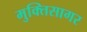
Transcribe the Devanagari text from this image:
मुक्तिसागर